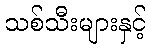
သစ်သီးများနှင့်